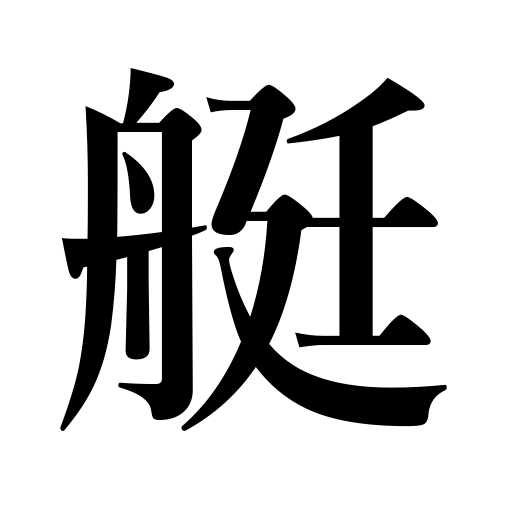
Meanings: small boat